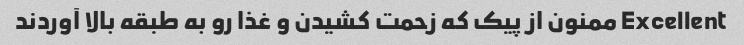
Excellent ممنون از پیک که زحمت کشیدن و غذا رو به طبقه بالا آوردند